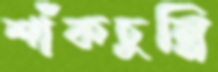
শাঁকচুন্নি